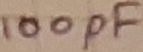
Text: 100pF